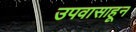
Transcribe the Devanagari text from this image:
उपवासाहून